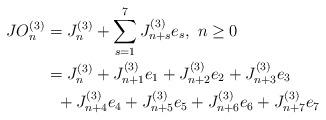
LaTeX: \begin{align*}\begin{aligned}JO_{n}^{(3)}&=J_{n}^{(3)}+\sum_{s=1}^{7}J_{n+s}^{(3)}e_{s},\ n\geq 0\\&=J_{n}^{(3)}+J_{n+1}^{(3)}e_{1}+J_{n+2}^{(3)}e_{2}+J_{n+3}^{(3)}e_{3}\\&\ \ +J_{n+4}^{(3)}e_{4}+J_{n+5}^{(3)}e_{5}+J_{n+6}^{(3)}e_{6}+J_{n+7}^{(3)}e_{7}\end{aligned}\end{align*}